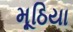
મૂઠિયા